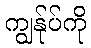
ကျွန်ုပ်ကို